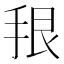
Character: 𪭳